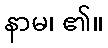
နာမ၊ ၏။